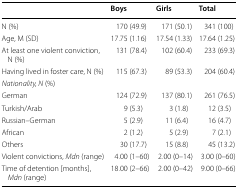
<table><thead><tr><td></td><td><b>Boys</b></td><td><b>Girls</b></td><td><b>Total</b></td></tr></thead><tbody><tr><td>N (%)</td><td>170 (49.9)</td><td>171 (50.1)</td><td>341 (100)</td></tr><tr><td>Age, M (SD)</td><td>17.75 (1.16)</td><td>17.54 (1.33)</td><td>17.64 (1.25)</td></tr><tr><td>At least one violent conviction, N (%)</td><td>131 (78.4)</td><td>102 (60.4)</td><td>233 (69.3)</td></tr><tr><td>Having lived in foster care, N (%)</td><td>115 (67.3)</td><td>89 (53.3)</td><td>204 (60.4)</td></tr><tr><td colspan="4"><i>Nationality, N</i> (%)</td></tr><tr><td>German</td><td>124 (72.9)</td><td>137 (80.1)</td><td>261 (76.5)</td></tr><tr><td>Turkish/Arab</td><td>9 (5.3)</td><td>3 (1.8)</td><td>12 (3.5)</td></tr><tr><td>Russian–German</td><td>5 (2.9)</td><td>11 (6.4)</td><td>16 (4.7)</td></tr><tr><td>African</td><td>2 (1.2)</td><td>5 (2.9)</td><td>7 (2.1)</td></tr><tr><td>Others</td><td>30 (17.7)</td><td>15 (8.8)</td><td>45 (13.2)</td></tr><tr><td>Violent convictions, <i>Mdn</i> (range)</td><td>4.00 (1–60)</td><td>2.00 (0–14)</td><td>3.00 (0–60)</td></tr><tr><td>Time of detention [months], <i>Mdn</i> (range)</td><td>18.00 (2–66)</td><td>2.00 (0–42)</td><td>9.00 (0–66)</td></tr></tbody></table>